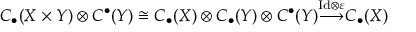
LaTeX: C _ { \bullet } ( X \times Y ) \otimes C ^ { \bullet } ( Y ) \cong C _ { \bullet } ( X ) \otimes C _ { \bullet } ( Y ) \otimes C ^ { \bullet } ( Y ) { \overset { \mathrm { I d } \otimes \varepsilon } { \longrightarrow } } C _ { \bullet } ( X )